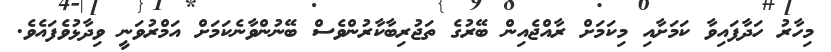
މިހާރު ހަދާފައިވާ ކަމަށާއި މިކަމަށް ރާއްޖެއިން ބޭރުގެ ތަޖުރިބާކާރުންވެސް ބޭނުންވާނެކަމަށް އަމްރުވަނީ ވިދާޅުވެފައެވެ.